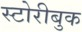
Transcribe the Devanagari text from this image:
स्टोरीबुक